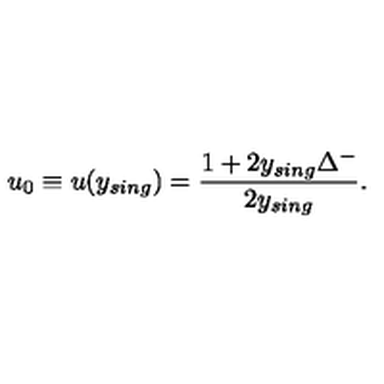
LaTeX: u _ { 0 } \equiv u ( y _ { s i n g } ) = \frac { 1 + 2 y _ { s i n g } \Delta ^ { - } } { 2 y _ { s i n g } } .